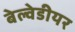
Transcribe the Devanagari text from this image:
बेल्वेडीयर